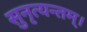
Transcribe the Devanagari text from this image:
सुनृत्यन्तम्‌।